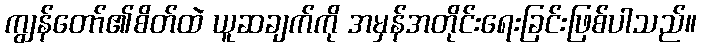
ကျွန်တော်၏စိတ်ထဲ ယူဆချက်ကို အမှန်အတိုင်းရေးခြင်းဖြစ်ပါသည်။